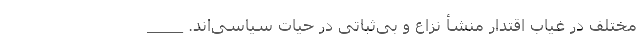
مختلف در غیاب اقتدار منشأ نزاع و بی‌ثباتی در حیات سیاسی‌اند. ____